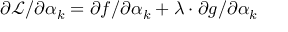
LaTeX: \partial { \mathcal { L } } / \partial \alpha _ { k } = \partial f / \partial \alpha _ { k } + \lambda \cdot \partial g / \partial \alpha _ { k }